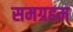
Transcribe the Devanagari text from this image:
समग्रहम्